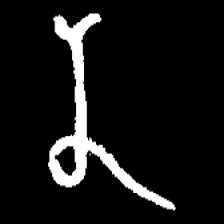
Pyu character \u2014 Myanmar letter: န (romanized: na)